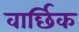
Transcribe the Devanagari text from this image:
वार्छिक